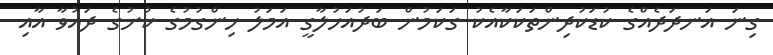
ގިނަ އަނދަދެއްގެ ކުޑަކުދިންތަކަކާއެކު ގަކަމުން ބަދުއަހުލާގީ އަމަލު ހިންގުމުގެ ކުށުގެ ދައުވާ އާއި